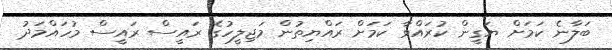
ބަލާނެ ކަމަށް ޔަގީން ކުރައްވާ ކަމަށް ރައްޔިތުން މަޖިލީހުގެ ރައީސް ރައީސް މުހައްމަދު